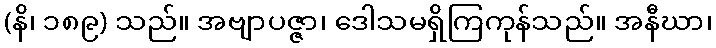
(နိ၊ ၁၈၉) သည်။ အဗျာပဇ္ဇာ၊ ဒေါသမရှိကြကုန်သည်။ အနီဃာ၊